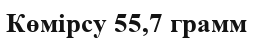
Көмірсу 55,7 грамм